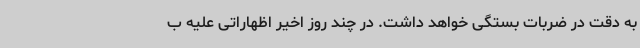
به دقت در ضربات بستگی خواهد داشت. در چند روز اخیر اظهاراتی علیه ب